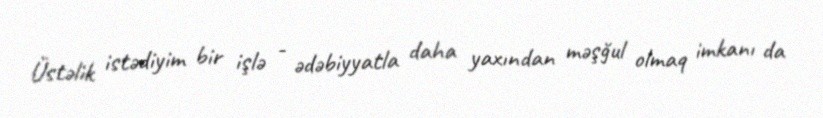
Üstəlik istədiyim bir işlə - ədəbiyyatla daha yaxından məşğul olmaq imkanı da